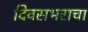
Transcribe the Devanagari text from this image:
दिवसभराचा